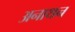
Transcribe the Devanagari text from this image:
अनाथन